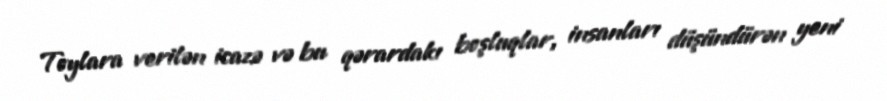
Toylara verilən icazə və bu qərardakı boşluqlar, insanları düşündürən yeni